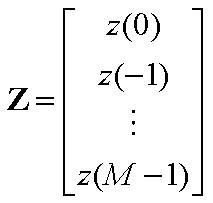
\[\mathbf{Z}=\left[\begin{array}{c}
z(0) \\
z(-1) \\
\vdots \\
z(\mathcal{M}-1)
\end{array}\right]\]